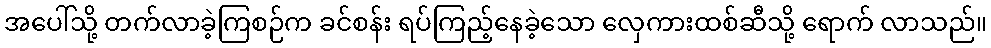
အပေါ်သို့ တက်လာခဲ့ကြစဉ်က ခင်စန်း ရပ်ကြည့်နေခဲ့သော လှေကားထစ်ဆီသို့ ရောက် လာသည်။